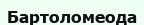
Бартоломеода